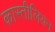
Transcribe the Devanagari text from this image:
कास्तीलियन